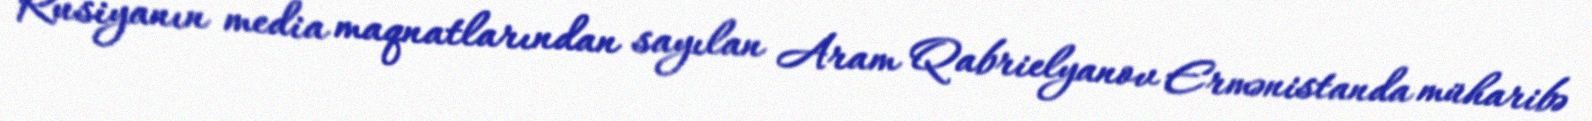
Rusiyanın media maqnatlarından sayılan Aram Qabrielyanov Ermənistanda müharibə